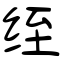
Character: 绖